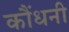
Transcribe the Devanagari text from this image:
कौंधनी